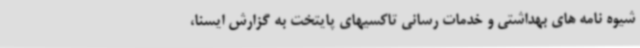
شیوه نامه های بهداشتی و خدمات رسانی تاکسیهای پایتخت به گزارش ایسنا،